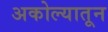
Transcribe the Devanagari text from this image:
अकोल्यातून